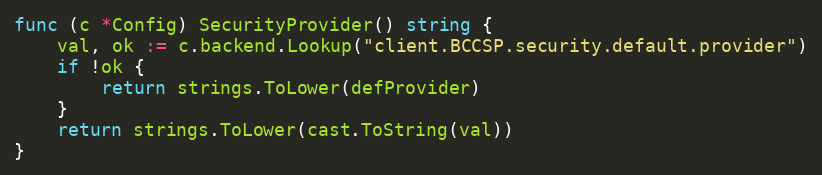
Language: Go
func (c *Config) SecurityProvider() string {
	val, ok := c.backend.Lookup("client.BCCSP.security.default.provider")
	if !ok {
		return strings.ToLower(defProvider)
	}
	return strings.ToLower(cast.ToString(val))
}